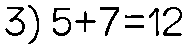
3) 5+7=12